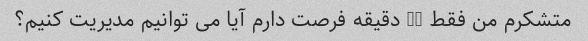
متشکرم من فقط 50 دقیقه فرصت دارم آیا می توانیم مدیریت کنیم؟